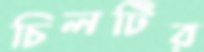
চিলটির